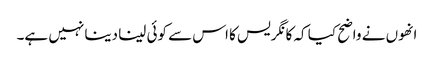
انھوں نے واضح کیا کہ کانگریس کا اس سے کوئی لینا دینا نہیں ہے۔